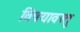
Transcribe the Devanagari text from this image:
विषयावस्तु